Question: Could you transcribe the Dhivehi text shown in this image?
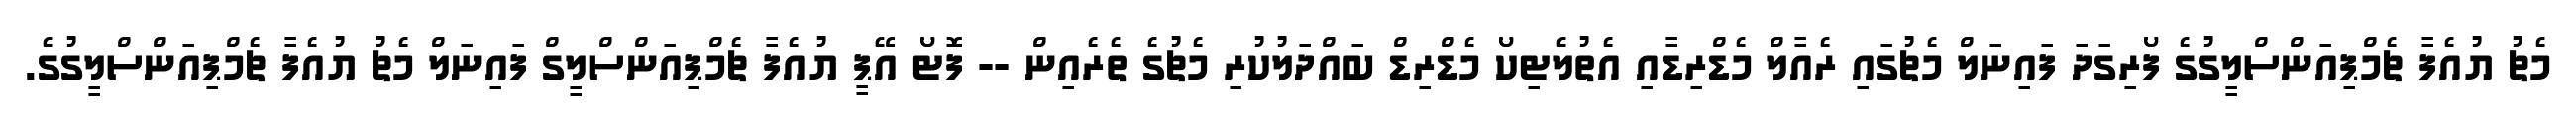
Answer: މެޗު ޔުއެފާ ޗެމްޕިއަންސްލީގުގެ ފޯރިގަދަ ފައިނަލް މެޗުގައި ރެއާލް މެޑްރިޑާއި އެތުލެޓިކޯ މެޑްރިޑް ބައްދަލުކުރި މެޗުގެ ތެރެއިން -- ފޮޓޯ އޭޕީ ޔުއެފާ ޗެމްޕިއަންސްލީގް ފައިނަލް މެޗު ޔުއެފާ ޗެމްޕިއަންސްލީގުގެ.